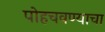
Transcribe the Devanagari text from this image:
पोहचवण्याचा